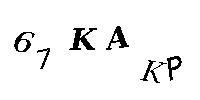
67KAKP